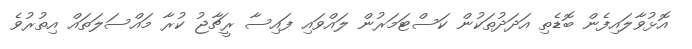
އޮޅުވާލައިފެން ބޮޑެތި އަދަދުތަކުން ކަސްޓަމަރުން ލައްވައި ފައިސާ ރީޗާޖު ކުރާ މައްސަލަތައް އިތުރުވެ